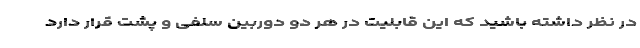
در نظر داشته باشید که این قابلیت در هر دو دوربین سلفی و پشت قرار دارد